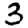
Digit: 3